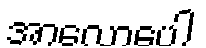
အာလောပေါ